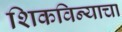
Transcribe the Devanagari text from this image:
शिकविन्याचा